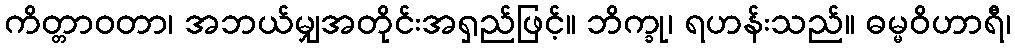
ကိတ္တာဝတာ၊ အဘယ်မျှအတိုင်းအရှည်ဖြင့်။ ဘိက္ခု၊ ရဟန်းသည်။ ဓမ္မဝိဟာရီ၊